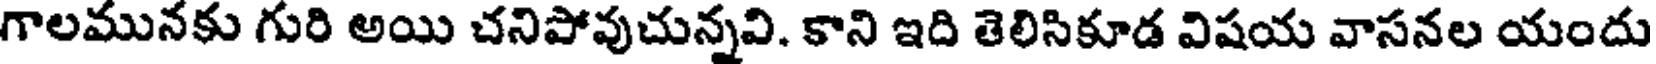
గాలమునకు గురి అయి చనిపోవుచున్నవి. కాని ఇది తెలిసికూడ విషయ వాసనల యందు